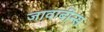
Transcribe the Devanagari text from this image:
जावाबीन्स